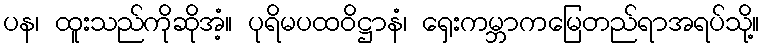
ပန၊ ထူးသည်ကိုဆိုအံ့။ ပုရိမပထဝိဋ္ဌာနံ၊ ရှေးကမ္ဘာကမြေတည်ရာအရပ်သို့။